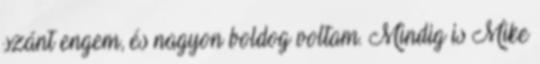
szánt engem, és nagyon boldog voltam. Mindig is Mike